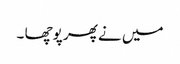
میں نے پھر پوچھا ۔